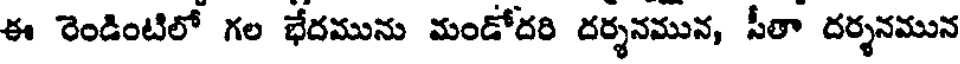
ఈ రెండింటిలో గల భేదమును మండోదరి దర్శనమున, సీతా దర్శనమున